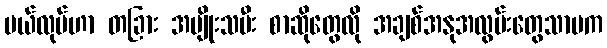
မယ်လုပ်ဟာ တခြား အမျိုးသမီး စာဆိုတွေလို အချစ်အနုအလွမ်းတွေသာမက